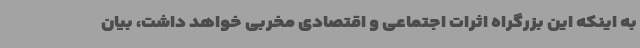
به اینکه این بزرگراه اثرات اجتماعی و اقتصادی مخربی خواهد داشت، بیان